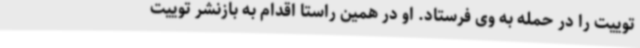
توییت را در حمله به وی فرستاد. او در همین راستا اقدام به بازنشر توییت